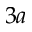
3 a